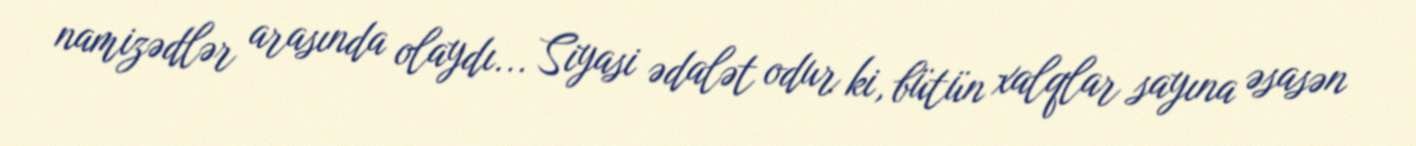
namizədlər arasında olaydı... Siyasi ədalət odur ki, bütün xalqlar sayına əsasən